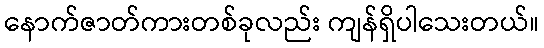
နောက်ဇာတ်ကားတစ်ခုလည်း ကျန်ရှိပါသေးတယ်။